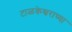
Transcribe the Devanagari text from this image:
टाळकेश्वराच्या